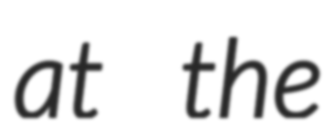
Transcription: at the